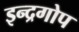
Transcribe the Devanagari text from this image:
इन्द्रगोप